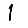
Digit: 1